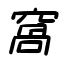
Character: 窩